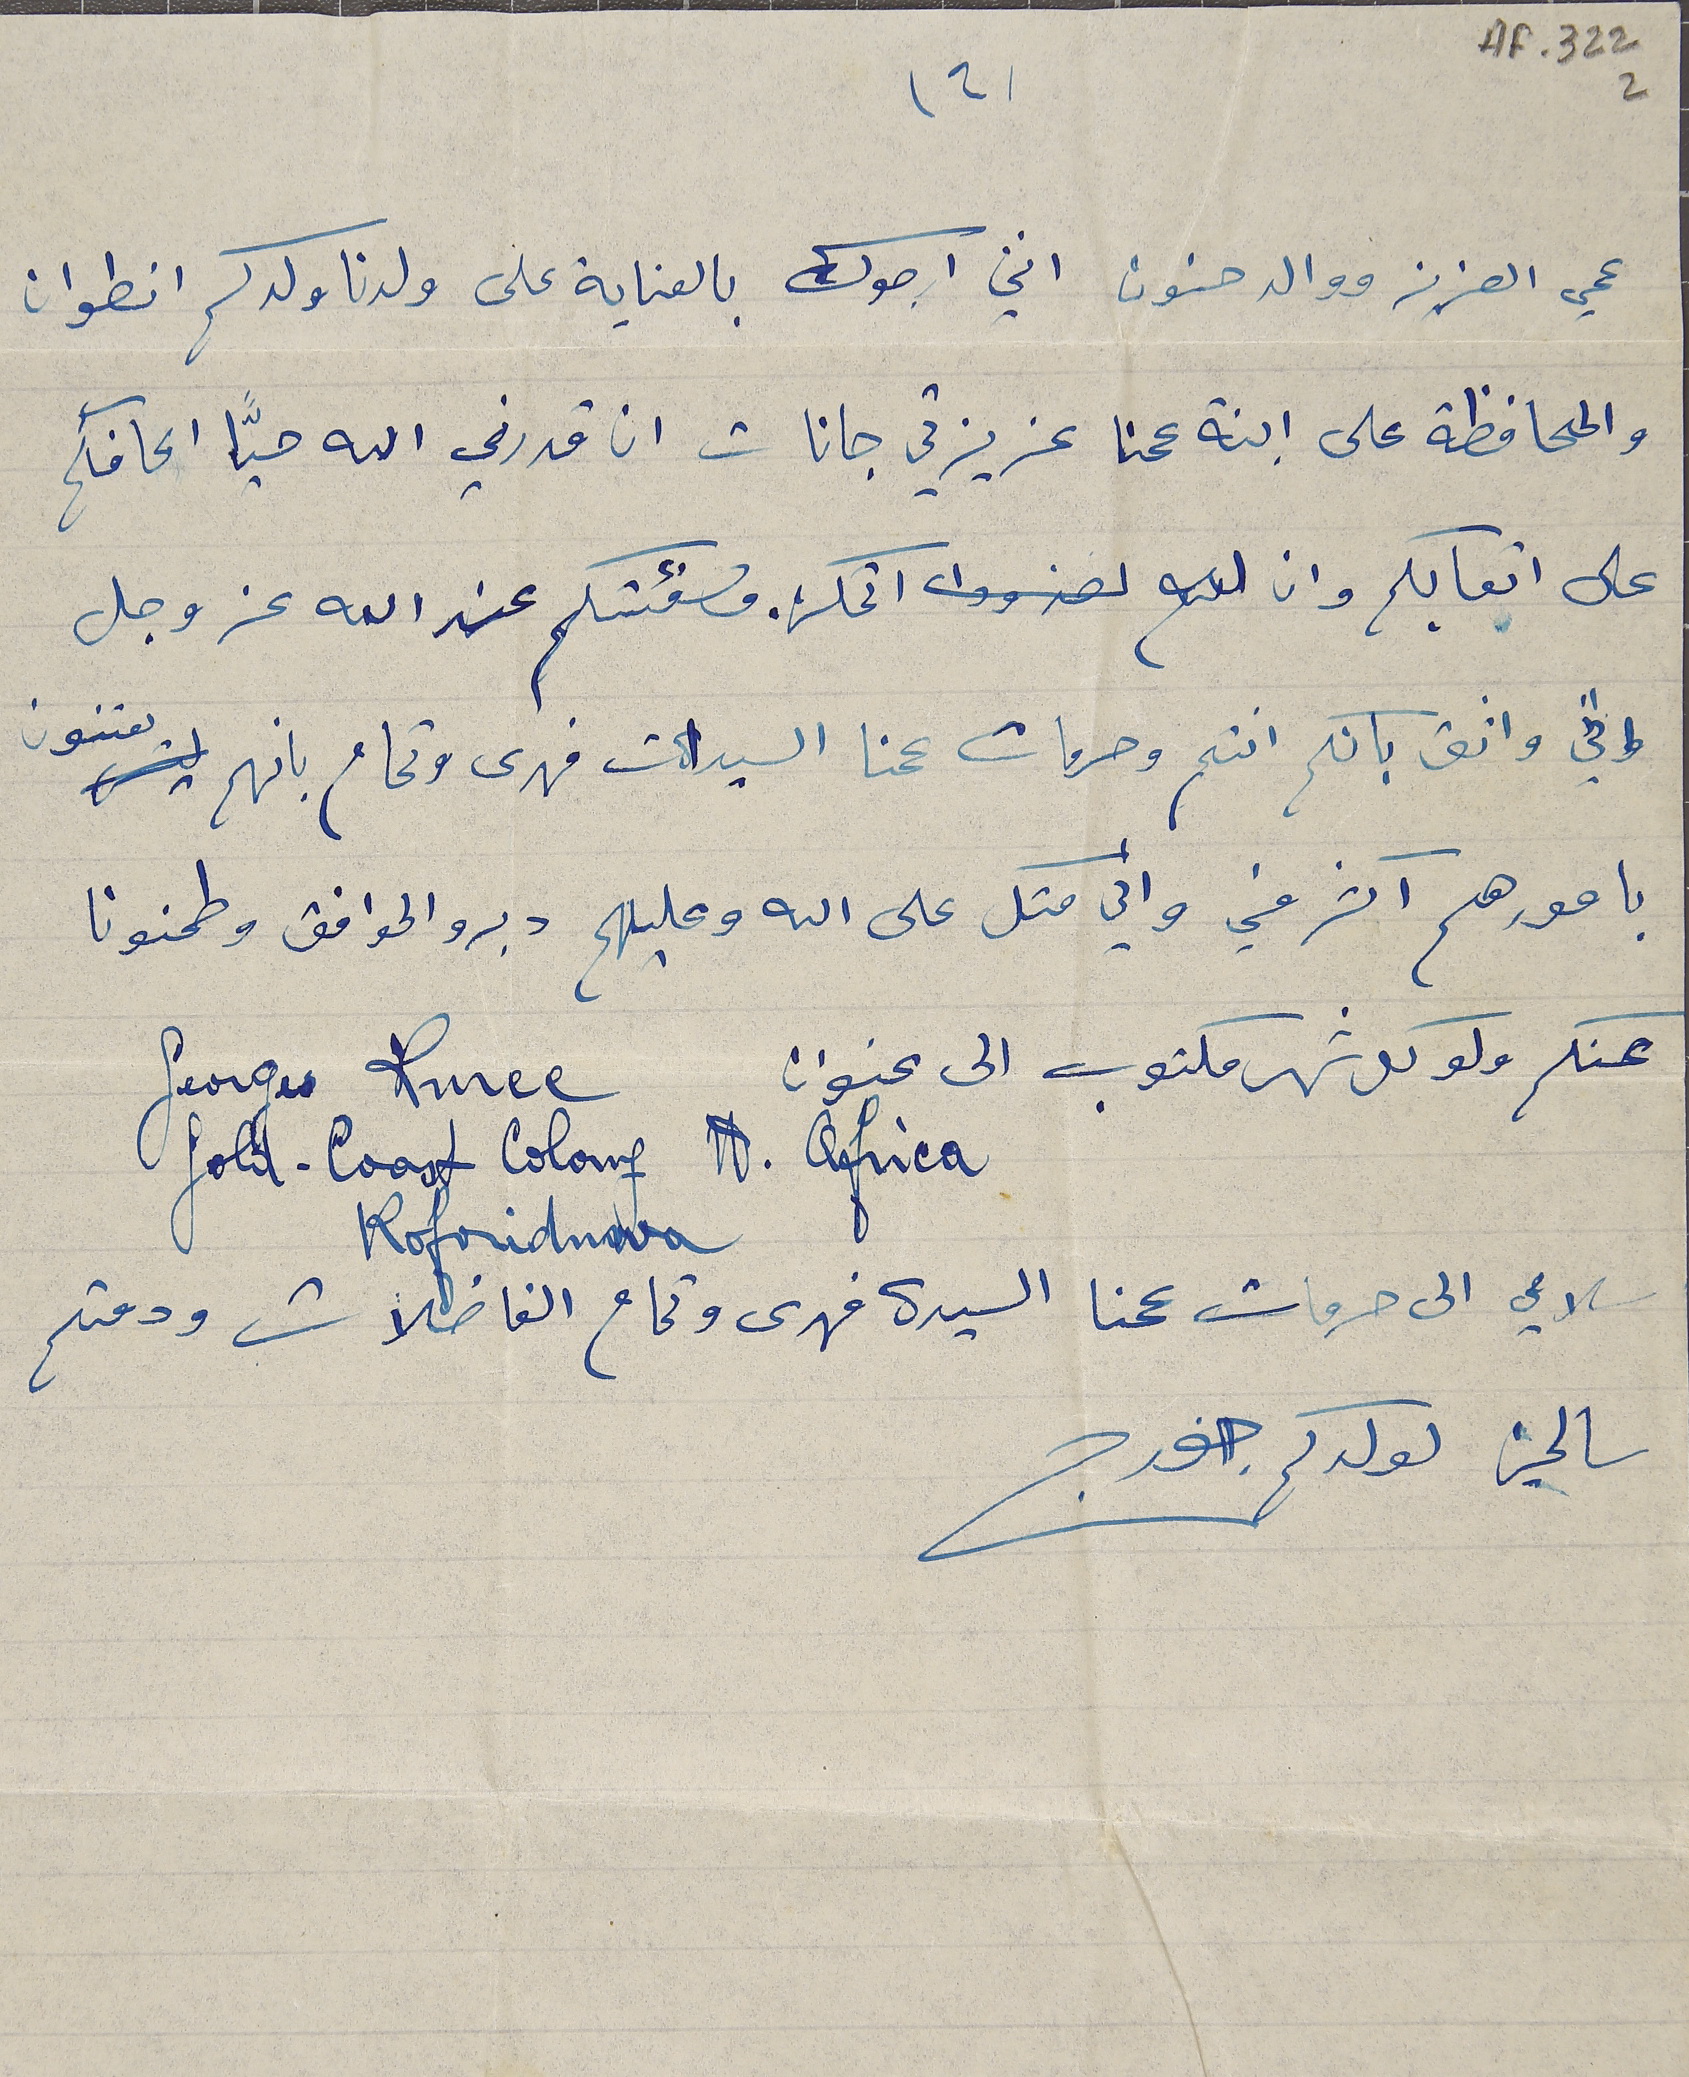
AF- 322 2
(2)
عمي العزيز ووالد حنون انني ارجوك بالعناية على ولدنا ولدكم انطوان
والمحافظة على ابنة عمنا عزيزتي جانات ان قدرني الله حيّا اكافأكم
على اتعابكم وان لم  اتمكن. مكافئتكم عند الله عز وجل
واني واثق بانكم انتم وحرمات عمنا السيدات فهدى وتمام بانهم يعتنون
بامورهم اكثر مني واني متكل على الله وعليهم دبرو الموافق وطمنونا
عنكم ولو كل شهر مكتوب الى عنوان  Georges Ruree

gold-Coast Colonf A. Africa
سلامي الى حرمات عمنا السيدة فهدى وتمام الفاضلات ودمتم
سالمين لولدكم جورج
Roforidnova